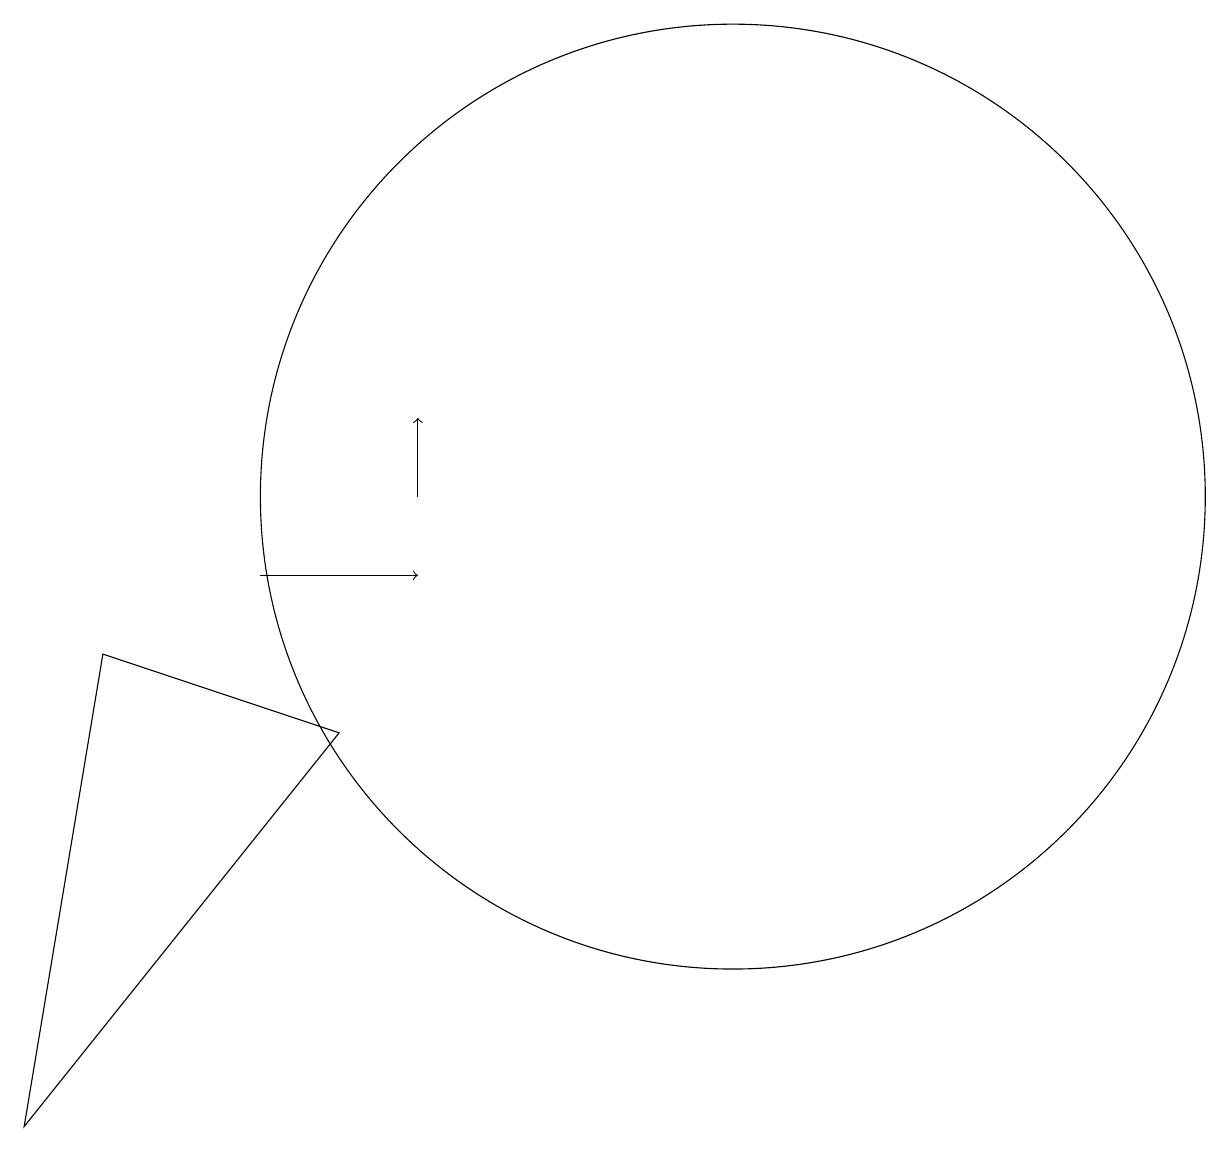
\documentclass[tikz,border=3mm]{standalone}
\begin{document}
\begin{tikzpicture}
\draw[->] (5,10) -- (7,10);
\draw (11,11) circle (6);
\draw[->] (7,11) -- (7,12);
\draw (2,3) -- (6,8) -- (3,9) -- cycle;
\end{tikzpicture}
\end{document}